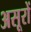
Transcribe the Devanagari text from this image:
असूरों